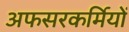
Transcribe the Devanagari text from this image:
अफसरकर्मियों